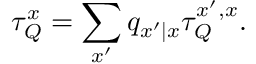
\tau _ { Q } ^ { x } = \sum _ { x ^ { \prime } } q _ { x ^ { \prime } | x } \tau _ { Q } ^ { x ^ { \prime } , x } .